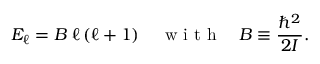
E _ { \ell } = B \; \ell \left( \ell + 1 \right) \quad { \textrm { w i t h } } \quad B \equiv { \frac { \hbar ^ { 2 } } { 2 I } } .